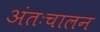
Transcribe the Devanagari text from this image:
अंतःचालन